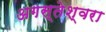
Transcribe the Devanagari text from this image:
अगस्‍तेश्‍वरा